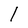
Character: l